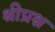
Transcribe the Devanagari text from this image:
श्रीप्रश्न